Vabadussoja_Ajaloo_Komitee, lk 5
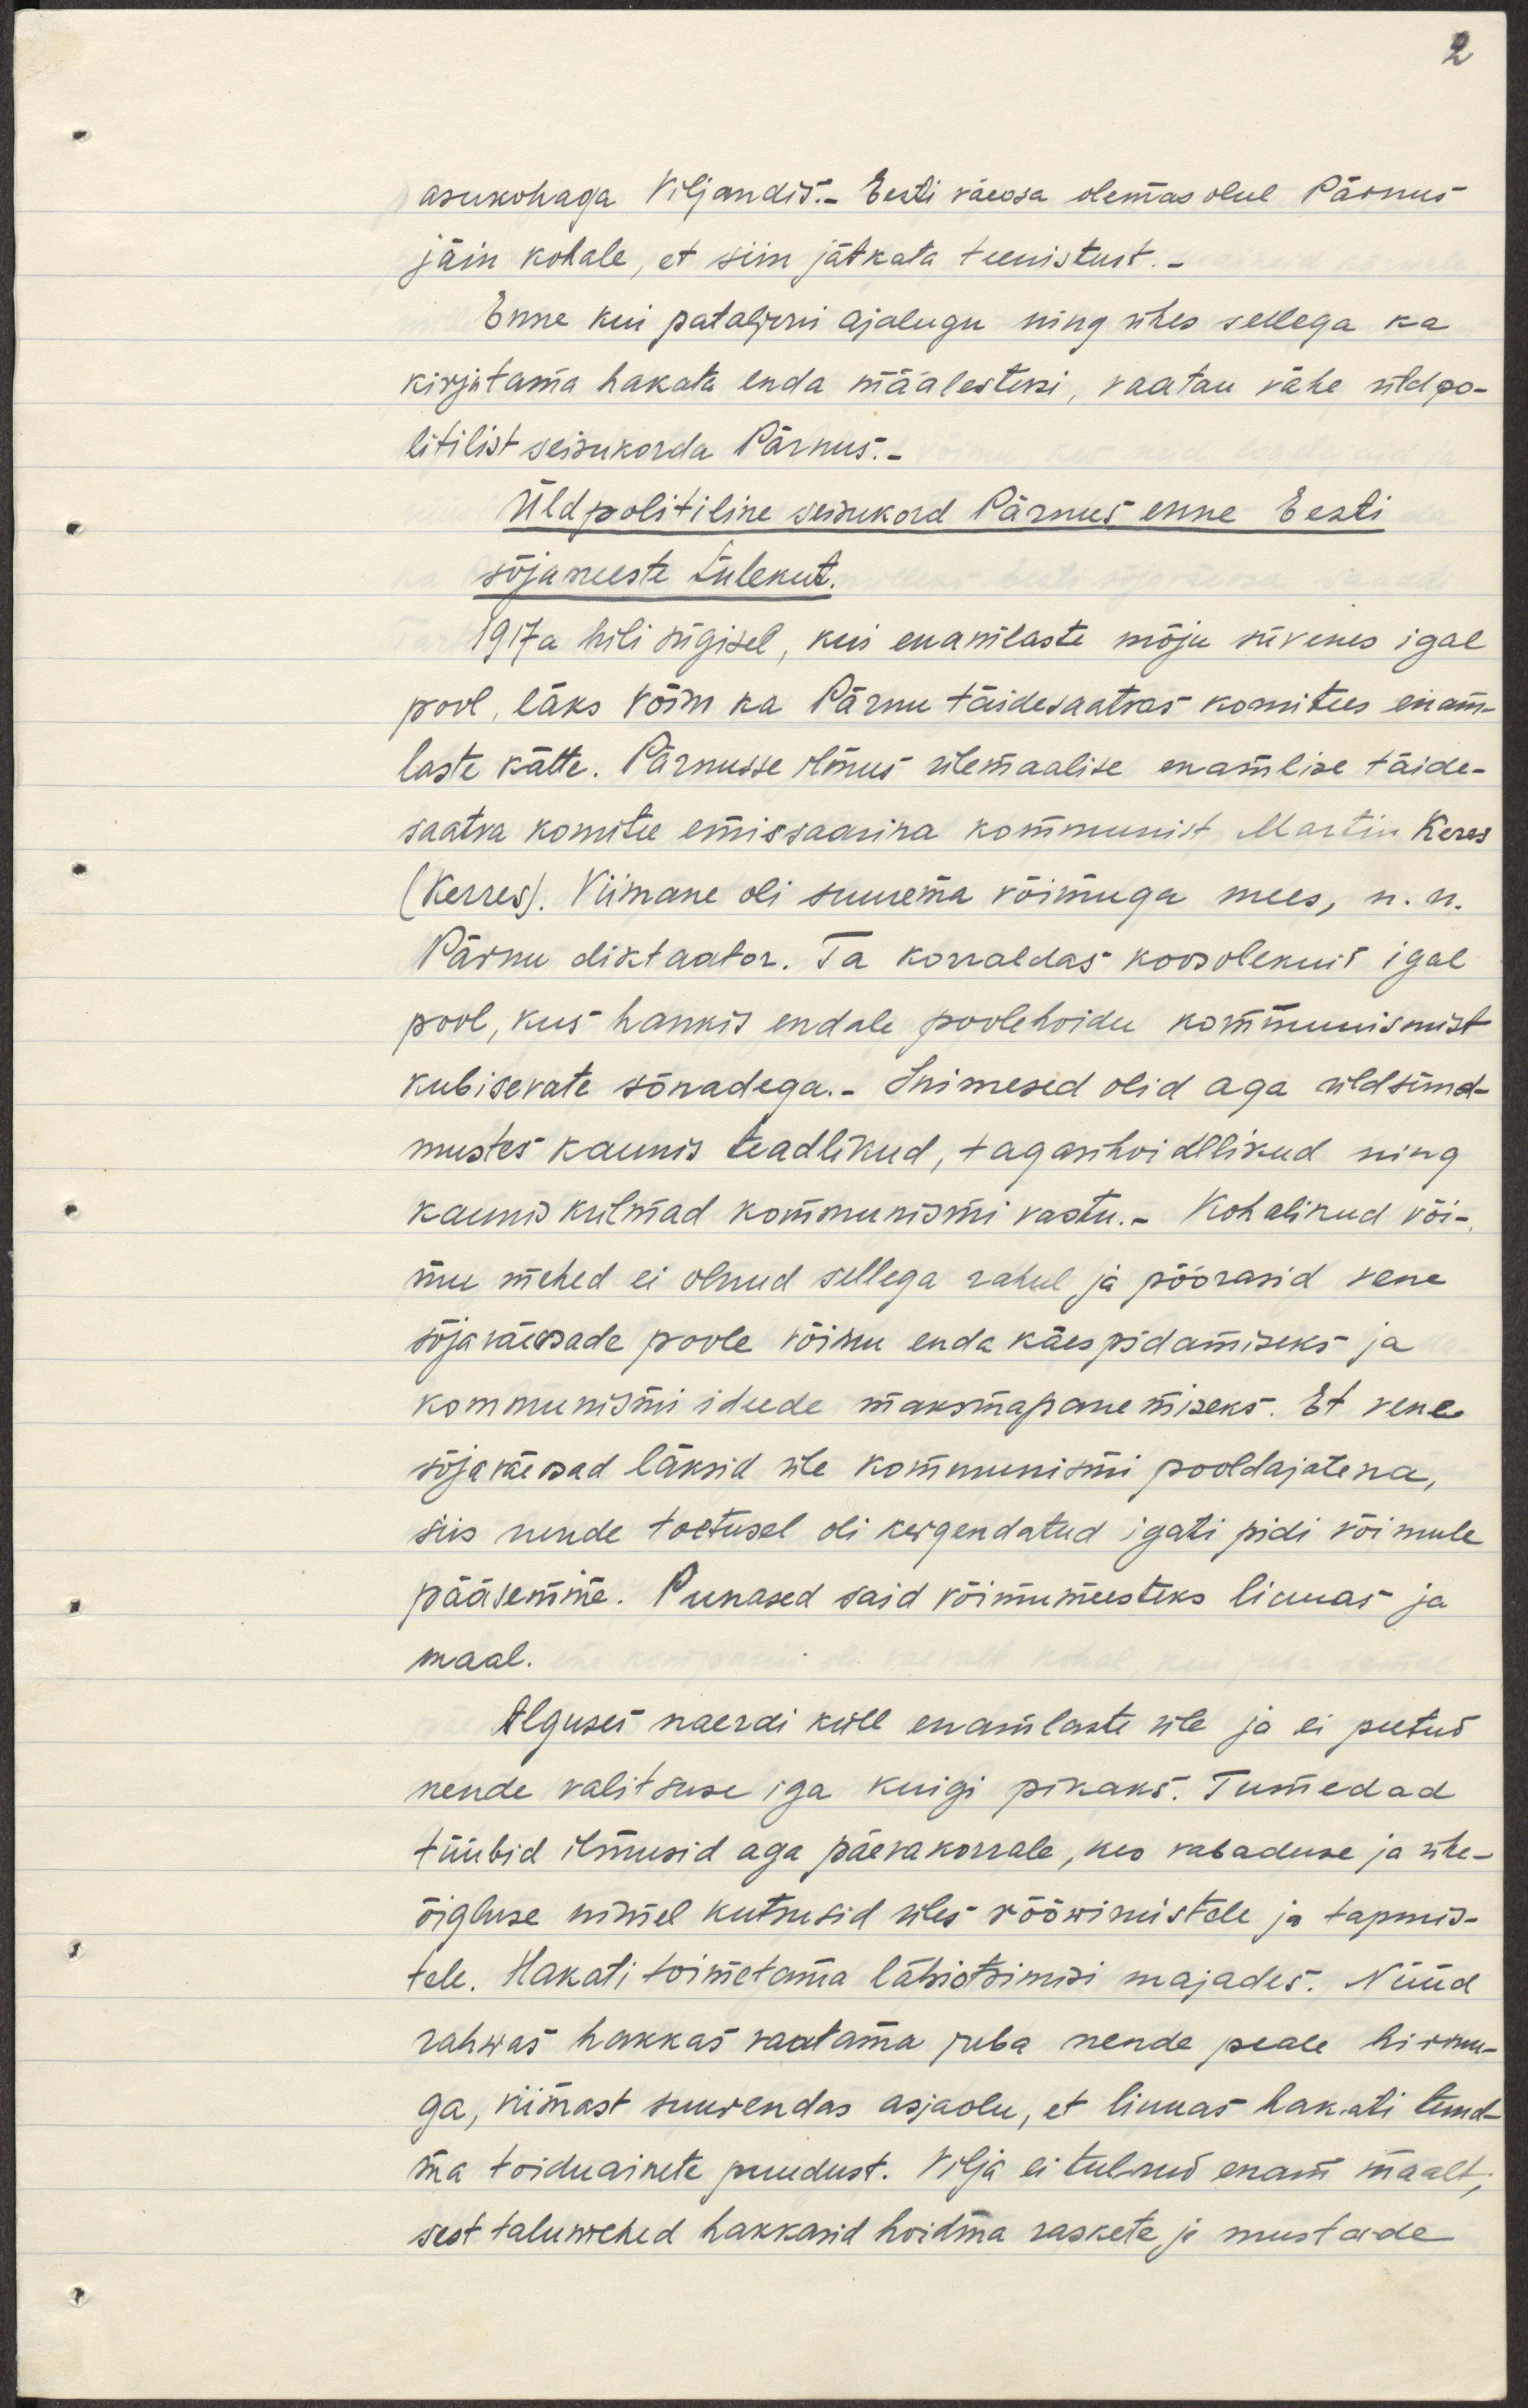
asukohaga Viljandis. Eesti väeosa olemasolul Pärnus
jäin kohale, et siin jätkata teenistust. -
Enne kui pataljoni ajalugu ning ühes sellega ka
kirjutama hakata enda mälestusi, vaatan vähe üldpo-
liitilist seisukorda Pärnus.
Üldpoliitiline seisukord Pärnus enne Eesti
sõjameeste tulekut.
1917a hilisügisel, kui enamlaste mõju süvenes igal
pool, läks võim ka Pärnu täidesaatvas komitees enam-
laste kätte. Pärnusse ilmus ülemaalise enamlise täide-
saatva komitee esimehena kommunist Martin Keres
(Kerres). Viimane oli suurema võimuga mees, n. n.
Pärnu diktaator. Ta korraldas koosolekuid igal
pool, kus hankis endale poolehoidu kommunismist
kubisevate sõnadega.- Inimesed olid aga üldsünd-
mustes kaunis teadlikud, tagasihoidlikud ning
kaunis kulmad kommunismi vastu. Kohalikud või-
mu mehed ei olnud sellega rahul ja pöörasid Vene
sõjaväeosade poole võimu enda käes pidamiseks ja
kommunismi idude maksmapanemiseks. Et Vene
sõjaväeosad läksid üle kommunismi pooldajatena,
siis nende toetusel oli kergendatud igati pidi võimule
pääsemine. Punased said võimumeesteks linnas ja
maal.
Alguses naerdi küll enamlaste üle ja ei peetud
nende valitsuse iga kuigi pikaks. Tumedad
tüübid ilmusid aga päevakorrale, kes vabaduse ja ühe-
õigluse nimel kutsusid üles röövimistele ja tapmis-
tele. Hakati toimetama läbiotsimisi majades. Nüüd
rahwas hakkas vaatama juba nende peale hirmu-
ga, viimast suurendas asjaolu, et linnas hakati tund-
ma toiduainete puudust. Vilja ei tulnud enam maalt,
sest talumehed hakkasid hoidma raskete ja mustade